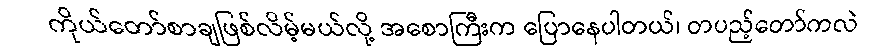
ကိုယ်တော်စာချဖြစ်လိမ့်မယ်လို့ အစောကြီးက ပြောနေပါတယ်၊ တပည့်တော်ကလဲ